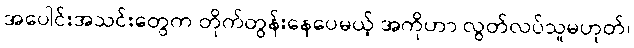
အပေါင်းအသင်းတွေက တိုက်တွန်းနေပေမယ့် အကိုဟာ လွတ်လပ်သူမဟုတ်၊